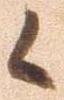
候